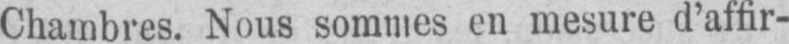
Chambres. Nous sommes en mesure d’affir-